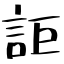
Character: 詎